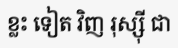
ខ្លះ ទៀត វិញ រុស្ស៊ី ជា